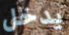
يدخل